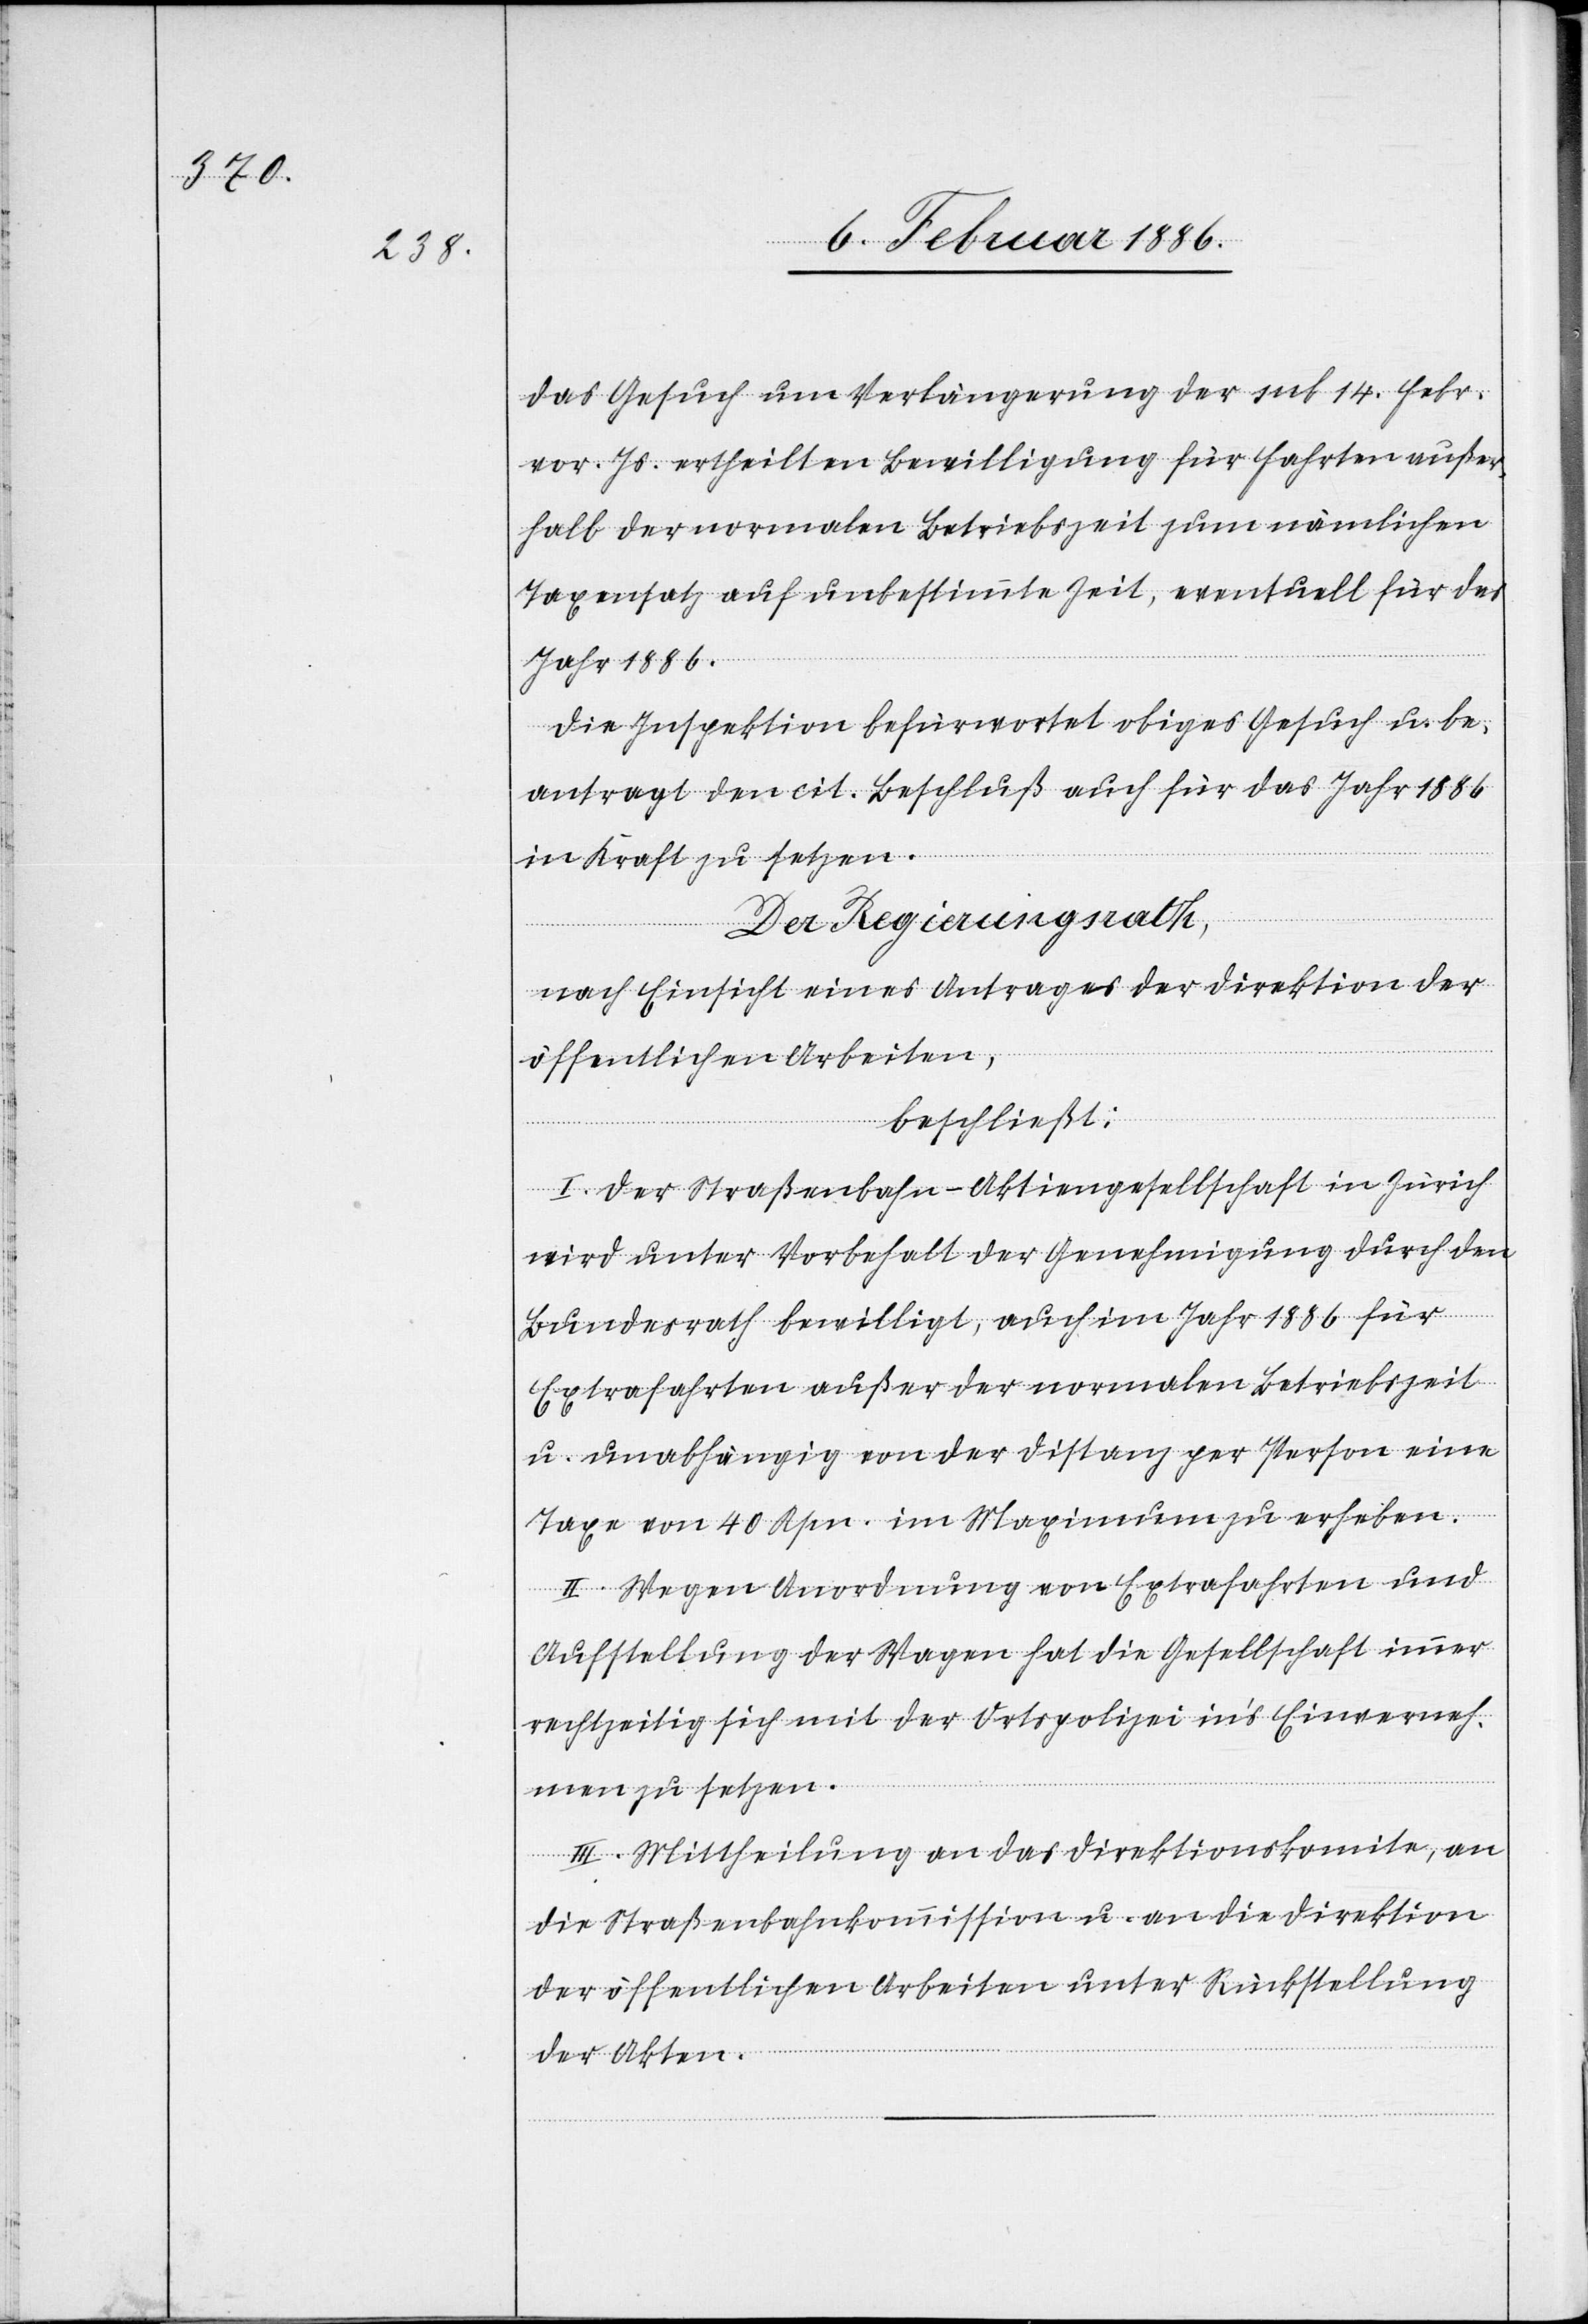
das Gesuch um Verlängerung der sub 14. Febr.
vor. Js. ertheilen Bewilligung für Fahrten außer¬
halb der normalen Betriebszeit zum nämlichen
Taxensatz auf unbestimmte Zeit, eventuell für das
Jahr 1886.
Die Inspektion befürwortet obiges Gesuch u. be¬
antragt den cit. Beschluß auch für das Jahr 1886
in Kraft zu setzen.
Der Regierungsrath,
nach Einsicht eines Antrages der Direktion der
öffentlichen Arbeiten,
beschließt:
I. Der Straßenbahn-Aktiengesellschaft in Zürich
wird unter Vorbehalt der Genehmigung durch den
Bundesrath bewilligt, auch im Jahr 1886 für
Extrafahrten außer der normalen Betriebszeit
u. unabhängig von der Distanz per Person eine
Taxe von 40 Rpn. im Maximum zu erheben.
II. Wegen Anordnung von Extrafahrten und
Aufstellung der Wagen hat die Gesellschaft immer
rechtzeitig sich mit der Ortspolizei in’s Einverneh¬
men zu setzen.
III. Mittheilung an das Direktionskomite, an
die Straßenbahnkommission u. an die Direktion
der öffentlichen Arbeiten unter Rückstellung
der Akten.